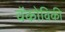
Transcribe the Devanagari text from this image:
वॅकोविकी